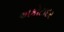
અકોટાદર